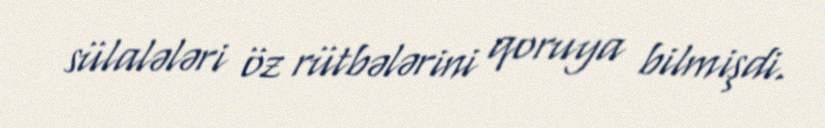
sülalələri öz rütbələrini qoruya bilmişdi.